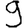
Digit: 9